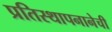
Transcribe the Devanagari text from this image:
प्रतिस्थापनानेची